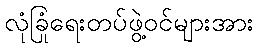
လုံခြုံရေးတပ်ဖွဲ့ဝင်များအား